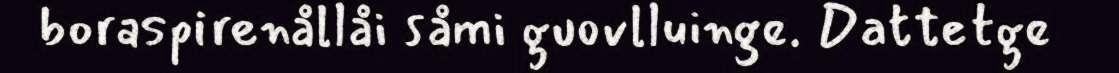
boraspirenållåi såmi guovlluinge. Dattetge